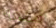
منعه